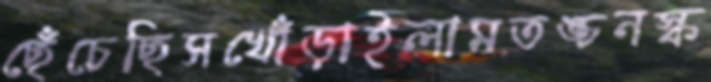
ছেঁচেছিসখোঁড়াইলামতঙ্চনস্ক